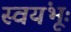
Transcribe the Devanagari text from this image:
स्वयंभूः